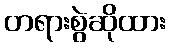
တရားစွဲဆိုထား